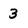
Character: 3